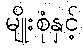
မျိုးစုံနှင့်